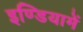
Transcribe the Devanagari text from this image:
इण्डियामें